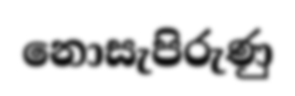
නොසැපිරුණු